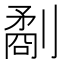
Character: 劀